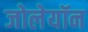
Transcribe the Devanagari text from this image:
जोलेयॉन